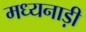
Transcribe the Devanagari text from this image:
मध्यनाड़ी